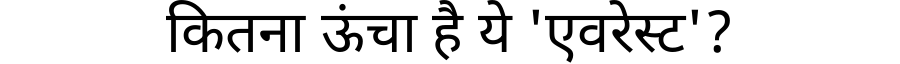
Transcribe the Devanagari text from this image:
कितना ऊंचा है ये 'एवरेस्ट'?